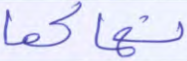
نهاكما